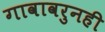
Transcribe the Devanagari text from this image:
गावावरुनही